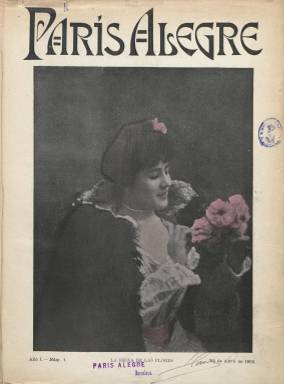
Título: París alegre
Colección: Revistas licenciosas
Ámbito geográfico: Barcelona
Lugar de publicación: Barcelona
Fechas: 15/04/1901-16/12/1902

Publicación de naturaleza erótica, a la que se le dará también el apelativo de sicalíptica, de aires parisinos, pero editada en Barcelona en los comienzos del siglo veinte. Adopta el subtítulo “revista ilustrada con fotografías al natural” y tiene, precisamente, como principal elemento caracterizador el hecho de que sus ilustraciones sean exclusivamente fotografías, que lo son de mujeres, algunas acompañadas de algún varón, en escenas y “poses” sugestivas y caprichosas – a su entender-, y que, al igual que muchos de sus contenidos, procedían de autores franceses, de tal forma que algunos de sus pies de texto se mantienen en su idioma original. Impresa por Henrich y Compañía, apareció quincenalmente y tuvo su administración en la Librería Francesa de esta ciudad, a partir del 15 de abril de 1901, llegando su colección en la Biblioteca Nacional de España hasta su entrega del 16 de diciembre de 1902, estando catalogada como “revista licenciosa” y habiendo adoptado también el subtítulo de “revista picaresca”.

En su artículo de presentación da cuenta de la principal ocupación de la publicación, que no es otra que dedicarla –según sus palabras- a la mujer “en todos los aspectos, en todas sus toilettes, en todas sus coqueterías, en todas sus intimidades”, pero siguiendo la pintoresca vida parisina del boulevard y el cabaret, de las salas de teatros y de los misterios entre bastidores o del café artístico, “la vida, en suma, que ha hecho de París el punto de mira de los juerguistas internacionales y aspira con deleite lo mismo el provinciano que quiere ganarse la vida como el príncipe que desea derrochar su fortuna”, indicará.

Con una portada siempre ocupada por el retrato de una mujer, sus números son de dieciséis páginas, y junto a las fotografías de mujeres en pretendidas poses eróticas o envueltas en tules o velos y alguna con el busto desnudo, inserta textos referidos a asuntos amorosos, siendo algunos en verso, teatrales o narrativos. También publica una serie sobre el Moulín Rouge, bajo el título Los placeres de París, alguna crónica y cuento galante, así como una sección bajo el epígrafe Quincena teatral, dedicada a artistas francesas de varietés, así como otros textos breves en secciones que denomina Epigramas o Chismografía o bajo el epígrafe “fábula inmoral”. Ofrece información de actuaciones de artistas, cantantes o “cocotas” parisinas famosas, pero también tendrá una serie bajo el epígrafe Los placeres de Barcelona.

Sus textos carecen a veces de autor o van bajo seudónimos y otros son reproducciones de autores como Emilio Zola, C. Ossorio y Gallardo, Sinesio Delgado, Manuel del Palacio o J. Pérez Zúñiga. Otras firmas que aparecen bajo sus textos son las de Demi-Vierge (información teatral), Carlos Vallier, Gabriel Pitté, Catulo Mendes, Luis Agón, J. Iglesias de la Casa, J. Bernat Baldoví, Edmundo Char, Enrique Datin o Gabriel Pusset.

Para su impresión utiliza papel satinado suave y diferentes tintas (verde, azul o violeta), colores que también son usados para retocar sus fotografías, que se podían hacer con una cámara denominada Aquatype. Destacan también en esta revista sus anuncios comerciales, insertados en su contraportada, con contenidos subliminales. Además del breve trabajo bajo el título Las revistas eróticas de nuestros abuelos, publicado por Javier Domingo en el número 23 (marzo de 1978) de Historia 16, los estudios de José María López Ruiz y Julia María Labrador Ben han dado cuenta de este tipo de publicaciones.